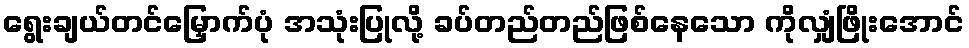
ရွေးချယ်တင်မြှောက်ပုံ အသုံးပြုလို့ ခပ်တည်တည်ဖြစ်နေသော ကိုလျှံဖြိုးအောင်